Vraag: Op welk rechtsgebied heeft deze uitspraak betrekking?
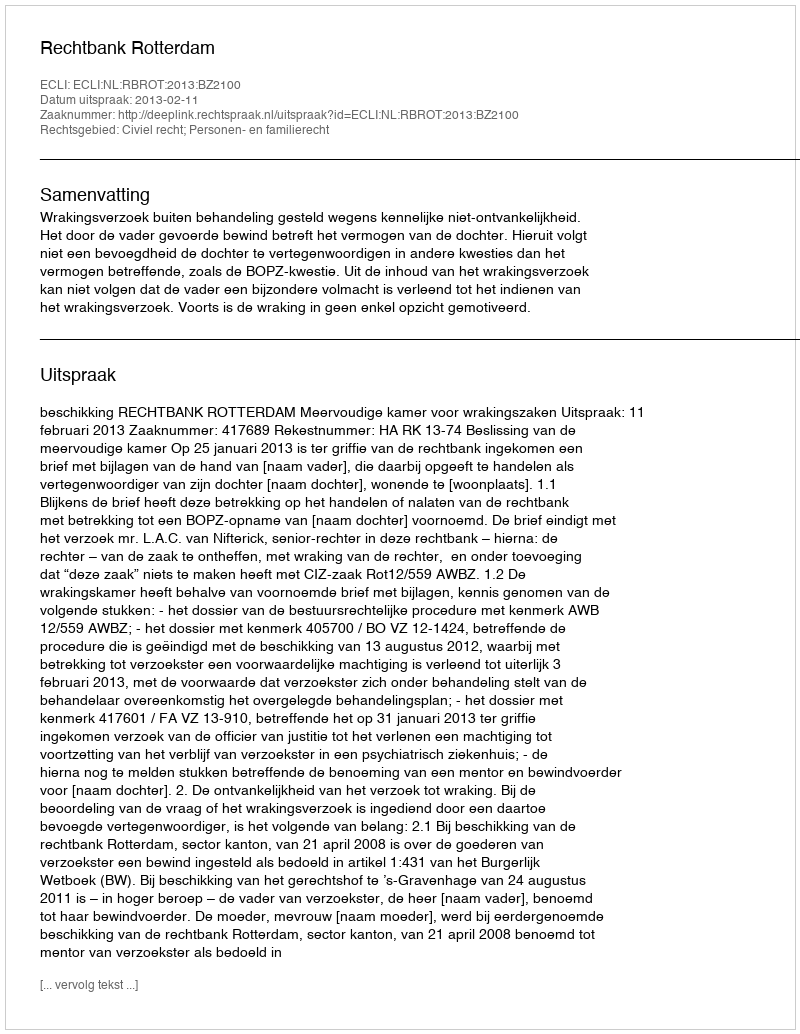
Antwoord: Civiel recht; Personen- en familierecht